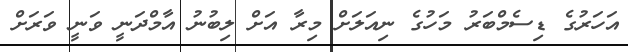
އަހަރުގެ ޑިސެމްބަރު މަހުގެ ނިއަލަށް މިރާ އަށް ލިބުނު އާމްދަނީ ވަނީ ވަރަށް